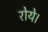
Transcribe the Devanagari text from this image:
रोये।